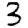
Digit: 3